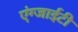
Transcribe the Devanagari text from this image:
एंग्जाईटी